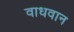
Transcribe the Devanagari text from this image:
वाधवान